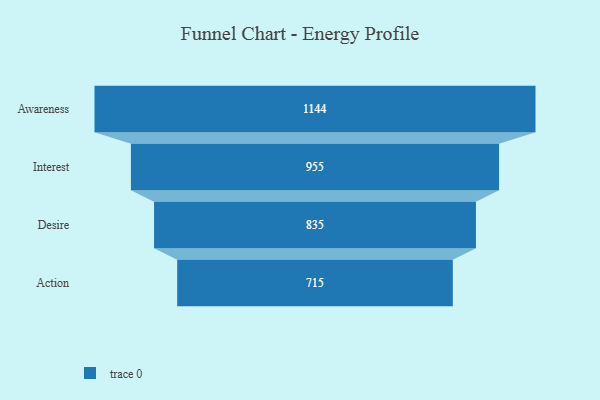
{"axis": {"x": "Stage", "y": "Value"}, "legend": [""], "data": [{"x": "Awareness", "y": 1144.0, "type": ""}, {"x": "Interest", "y": 955.0, "type": ""}, {"x": "Desire", "y": 835.0, "type": ""}, {"x": "Action", "y": 715.0, "type": ""}]}